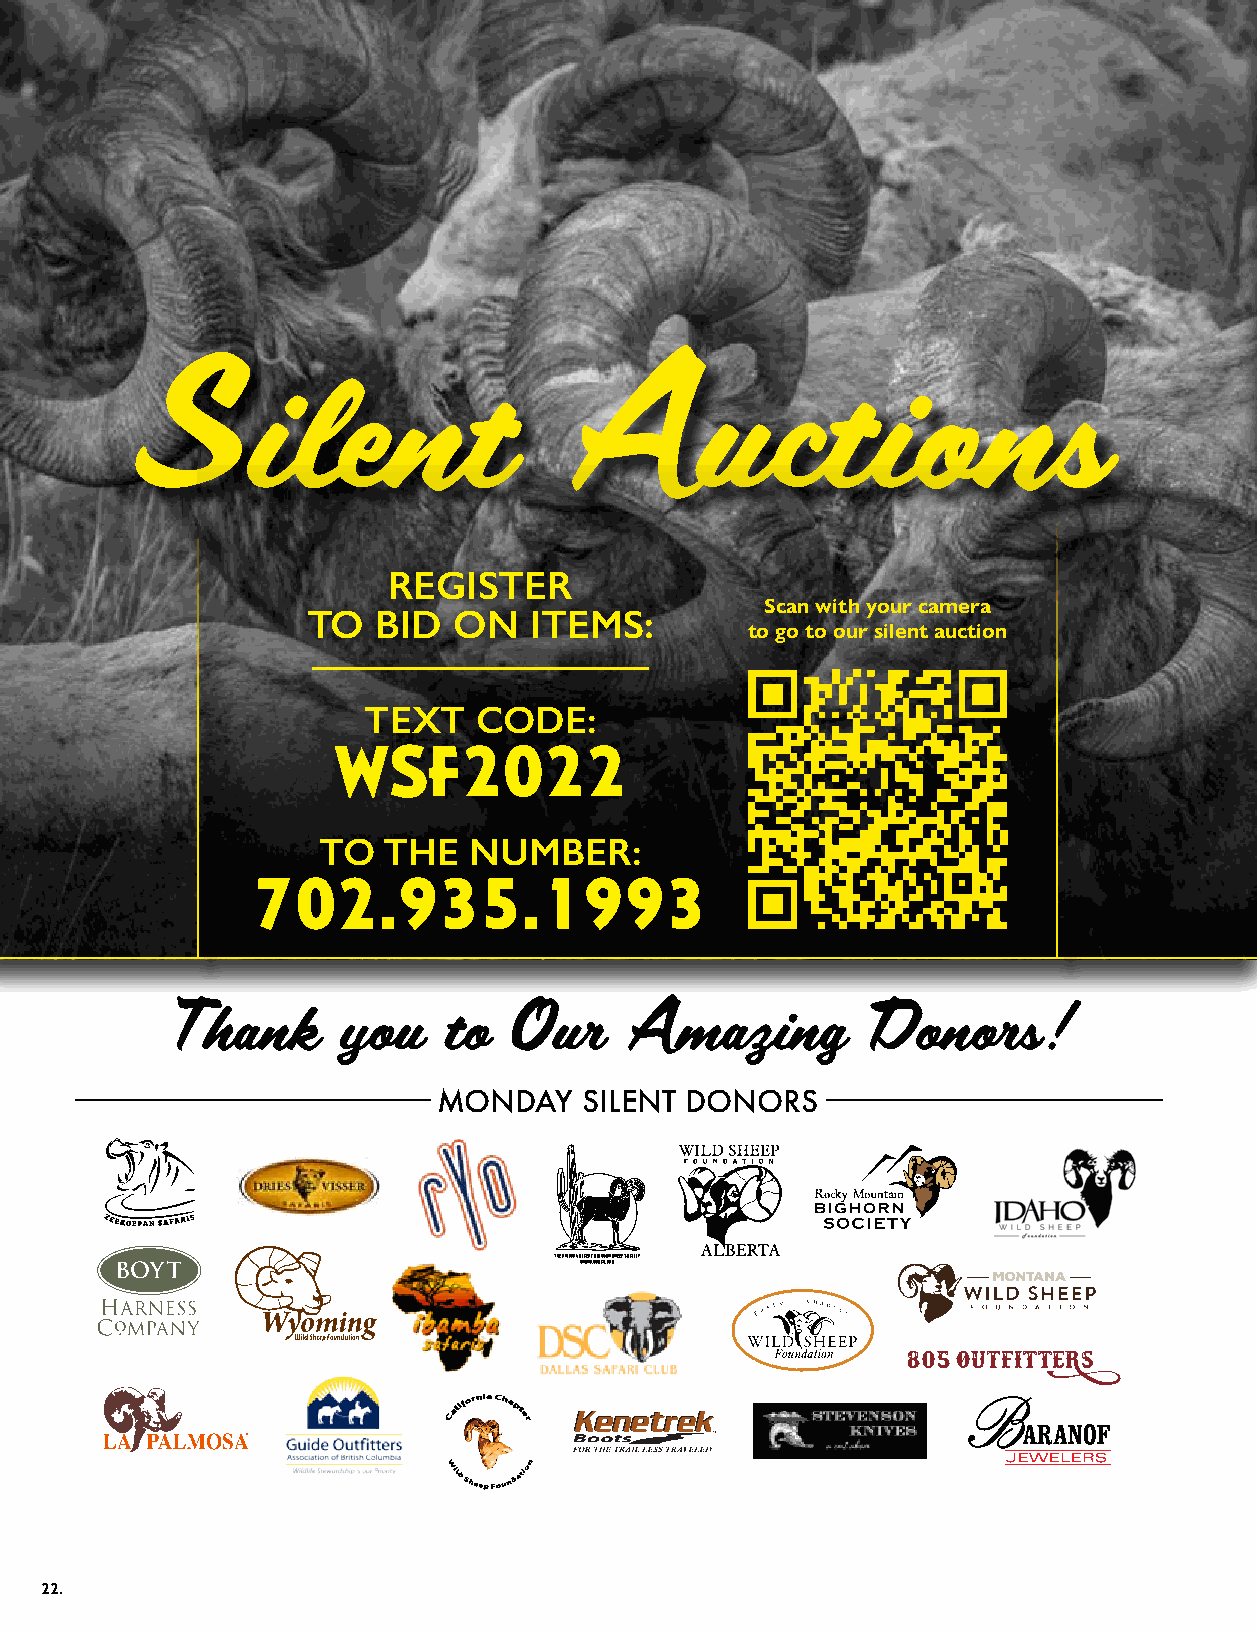
REGISTER
 Scan with your camera
 TO   BID  ON   ITEMS:
 to go to our silent auction
 TEXT   CODE:
 WSF2022
 TO  THE   NUMBER:
 702.935.1993
 Thank      you    to   Our    Amazing         Donors!
 MONDAY    SILENT DONORS
 22.